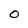
Character: 0